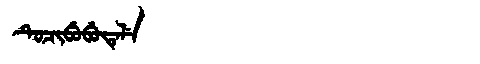
Manchu: ᡨᡠᠴᡳᠪᡠᠪᡠᡨᡝᠯᡝ
Romanization: TUCIBUBUTELE